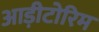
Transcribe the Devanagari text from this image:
आड़ीटोरिम